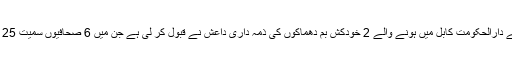
30 اپریل2018ء) افغانستان کے دارالحکومت کابل میں ہونے والے 2 خودکش بم دھماکوں کی ذمہ داری داعش نے قبول کر لی ہے جن میں 6 صحافیوں سمیت 25 افراد ہلاک اور45 زخمی ہوئے۔